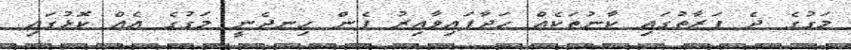
މަގުގެ ދެ ފަރާތުގައި ކާނުތަކެއް ހަދާފައިވާއިރު ފެން ހިނދެނީ މަގުގެ އެއް ކޮޅުގައި